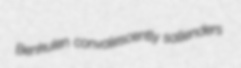
Benkulen convalescently sallenders